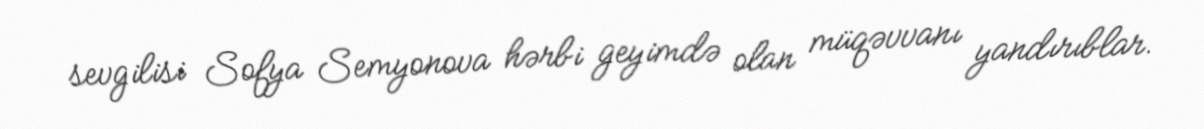
sevgilisi Sofya Semyonova hərbi geyimdə olan müqəvvanı yandırıblar.